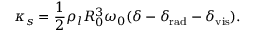
\kappa _ { s } = \frac { 1 } { 2 } \rho _ { l } R _ { 0 } ^ { 3 } \omega _ { 0 } ( \delta - \delta _ { \mathrm { r a d } } - \delta _ { \mathrm { v i s } } ) .